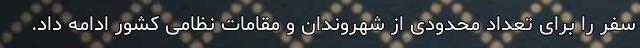
سفر را برای تعداد محدودی از شهروندان و مقامات نظامی کشور ادامه داد.